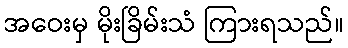
အဝေးမှ မိုးခြိမ်းသံ ကြားရသည်။